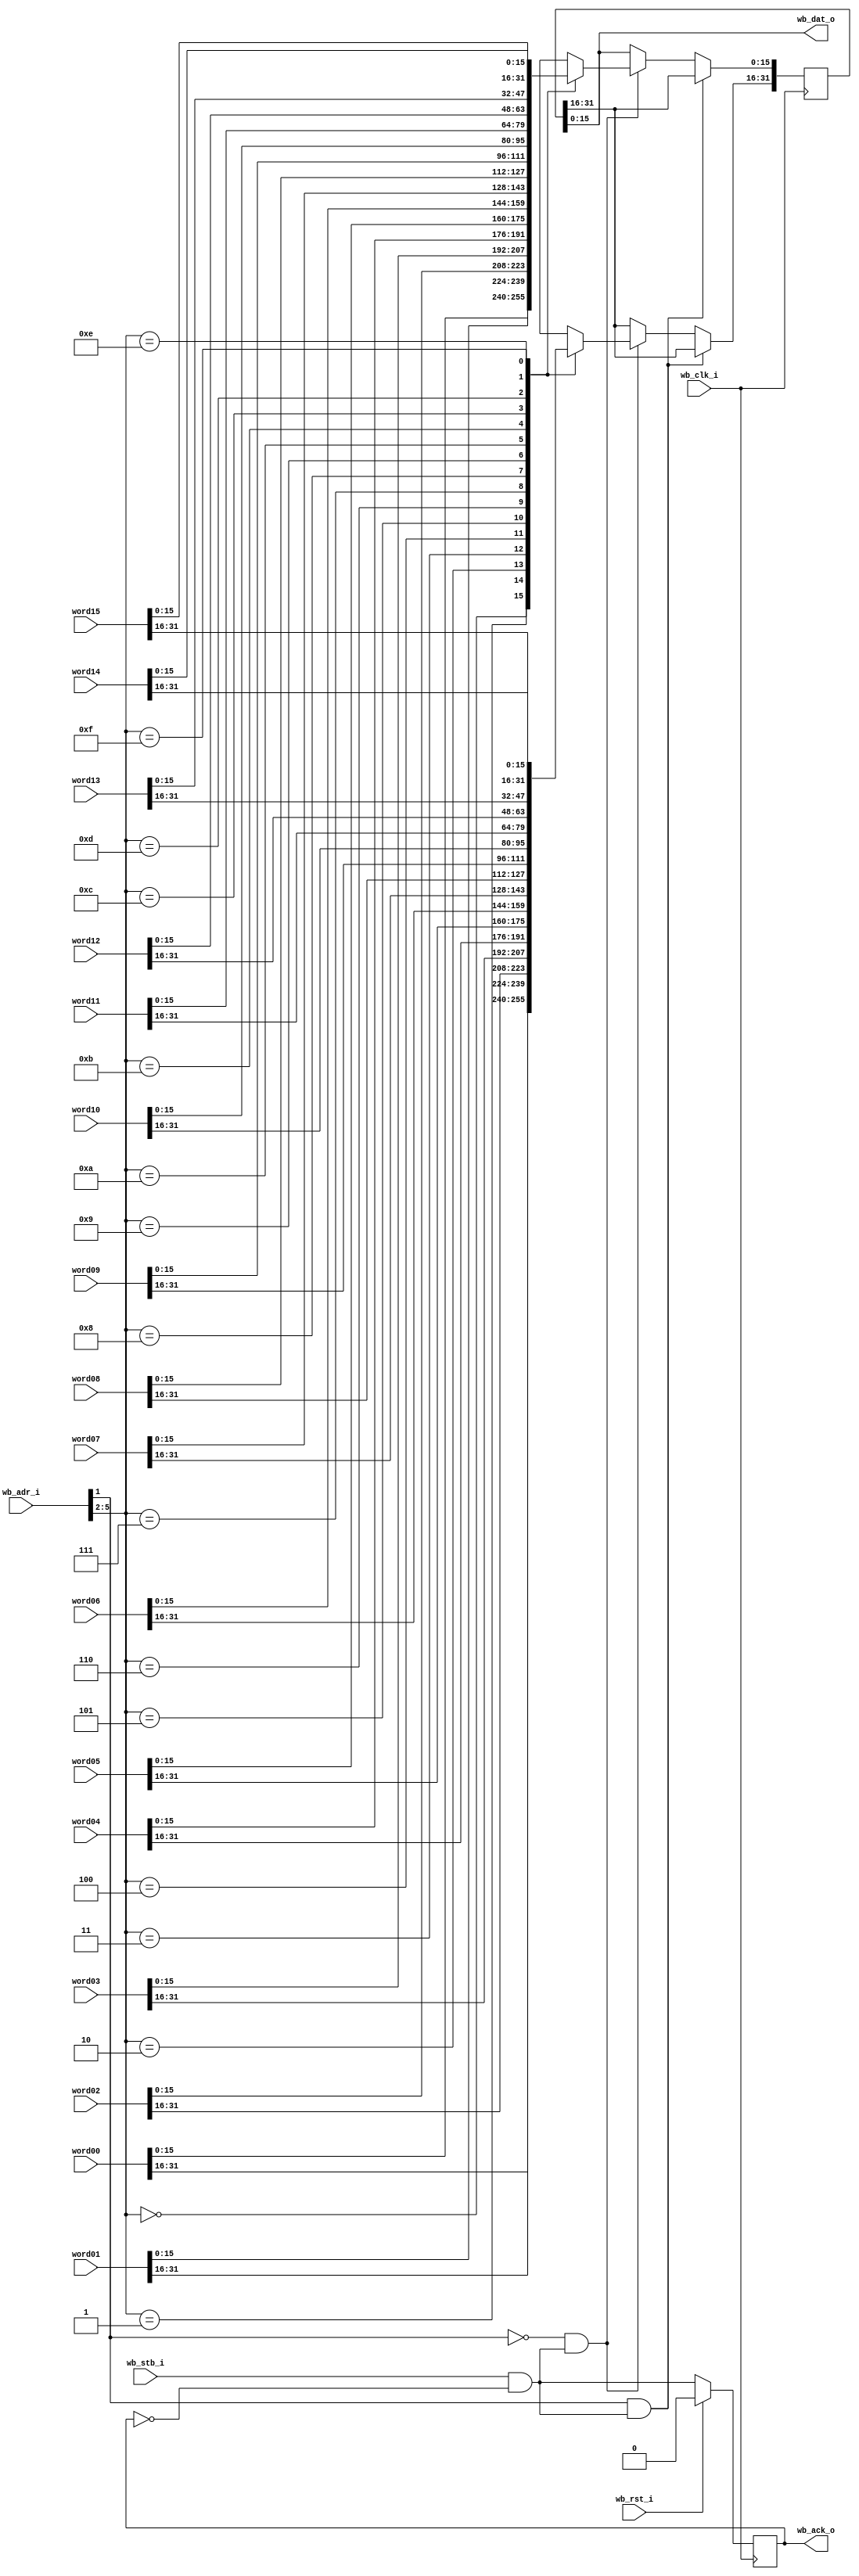
module wb_readback_mux_16LE
  (input wb_clk_i,
   input wb_rst_i,
   input wb_stb_i,
   input [15:0] wb_adr_i,
   output [15:0] wb_dat_o,
   output reg wb_ack_o,

   input [31:0] word00,
   input [31:0] word01,
   input [31:0] word02,
   input [31:0] word03,
   input [31:0] word04,
   input [31:0] word05,
   input [31:0] word06,
   input [31:0] word07,
   input [31:0] word08,
   input [31:0] word09,
   input [31:0] word10,
   input [31:0] word11,
   input [31:0] word12,
   input [31:0] word13,
   input [31:0] word14,
   input [31:0] word15
   );

   wire ack_next = wb_stb_i & ~wb_ack_o;

   always @(posedge wb_clk_i)
     if(wb_rst_i)
       wb_ack_o <= 0;
     else
       wb_ack_o <= ack_next;

   reg [31:0] data;
   assign wb_dat_o = data[15:0];

   always @(posedge wb_clk_i)
    if (wb_adr_i[1] & ack_next) begin //upper half
        data[15:0] <= data[31:16];
    end
    else if (~wb_adr_i[1] & ack_next) begin //lower half
     case(wb_adr_i[5:2])
       0 : data <= word00;
       1 : data <= word01;
       2 : data <= word02;
       3 : data <= word03;
       4 : data <= word04;
       5 : data <= word05;
       6 : data <= word06;
       7 : data <= word07;
       8 : data <= word08;
       9 : data <= word09;
       10: data <= word10;
       11: data <= word11;
       12: data <= word12;
       13: data <= word13;
       14: data <= word14;
       15: data <= word15;
     endcase // case(wb_adr_i[5:2])
    end

endmodule